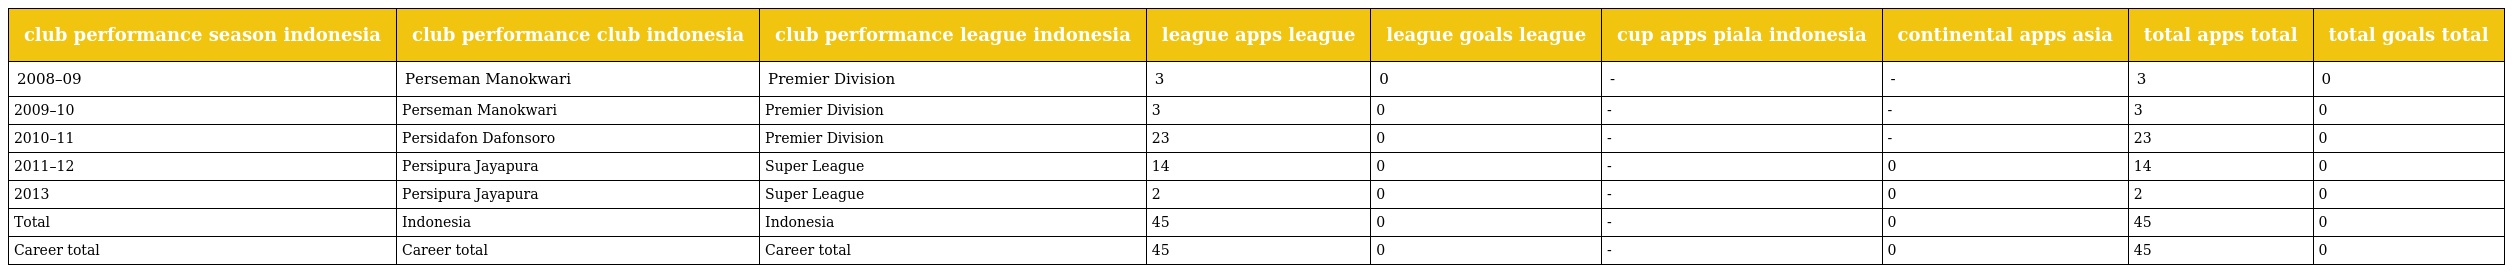
| club performance season indonesia | club performance club indonesia | club performance league indonesia | league apps league | league goals league | cup apps piala indonesia | continental apps asia | total apps total | total goals total |
 | --- | --- | --- | --- | --- | --- | --- | --- | --- |
 | 2008–09 | Perseman Manokwari | Premier Division | 3 | 0 | - | - | 3 | 0 |
 | 2009–10 | Perseman Manokwari | Premier Division | 3 | 0 | - | - | 3 | 0 |
 | 2010–11 | Persidafon Dafonsoro | Premier Division | 23 | 0 | - | - | 23 | 0 |
 | 2011–12 | Persipura Jayapura | Super League | 14 | 0 | - | 0 | 14 | 0 |
 | 2013 | Persipura Jayapura | Super League | 2 | 0 | - | 0 | 2 | 0 |
 | Total | Indonesia | Indonesia | 45 | 0 | - | 0 | 45 | 0 |
 | Career total | Career total | Career total | 45 | 0 | - | 0 | 45 | 0 |